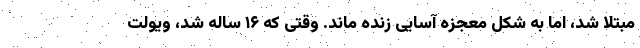
مبتلا شد، اما به شکل معجزه آسایی زنده ماند. وقتی که ۱۶ ساله شد، ویولت